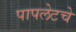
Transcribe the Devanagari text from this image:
पापलेटचे